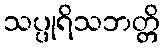
သပ္ပုရိသဘတ္တိ